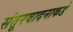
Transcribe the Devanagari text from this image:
संतूरवादनाकडे